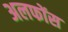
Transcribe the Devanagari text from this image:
अलफोंस